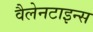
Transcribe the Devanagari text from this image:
वैलेनटाइन्स